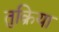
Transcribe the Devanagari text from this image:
तुक्रिया